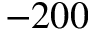
- 2 0 0